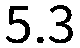
5.3